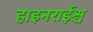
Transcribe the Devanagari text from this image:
हाइनराईश्च